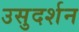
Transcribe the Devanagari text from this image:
उसुदर्शन